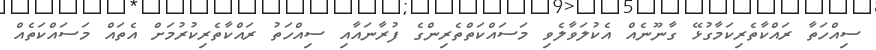
ސިއްހަތާ ރައްކާތެރިކަމާގުޅޭ ގާނޫނެއް އެކުލަވާލެވި މަސައްކަތްތެރިންގެ ފުރާނައާއި ސިއްހަތު ރައްކާތެރިކުރުމަށް އެތައް މަސައްކަތެއް